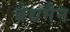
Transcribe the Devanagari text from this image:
बेथमैन